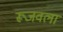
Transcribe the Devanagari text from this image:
रूजवला